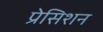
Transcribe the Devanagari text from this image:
प्रेसिशन